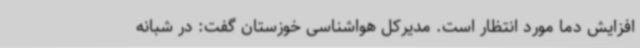
افزایش دما مورد انتظار است. مدیرکل هواشناسی خوزستان گفت: در شبانه